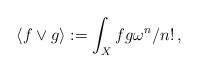
LaTeX: \begin{align*}\langle f \vee g \rangle := \int_{X} fg \omega^{n}/n!\,,\end{align*}